Cholera in India, 1862 to 1881
Year: 1862
Disease focus: Cholera
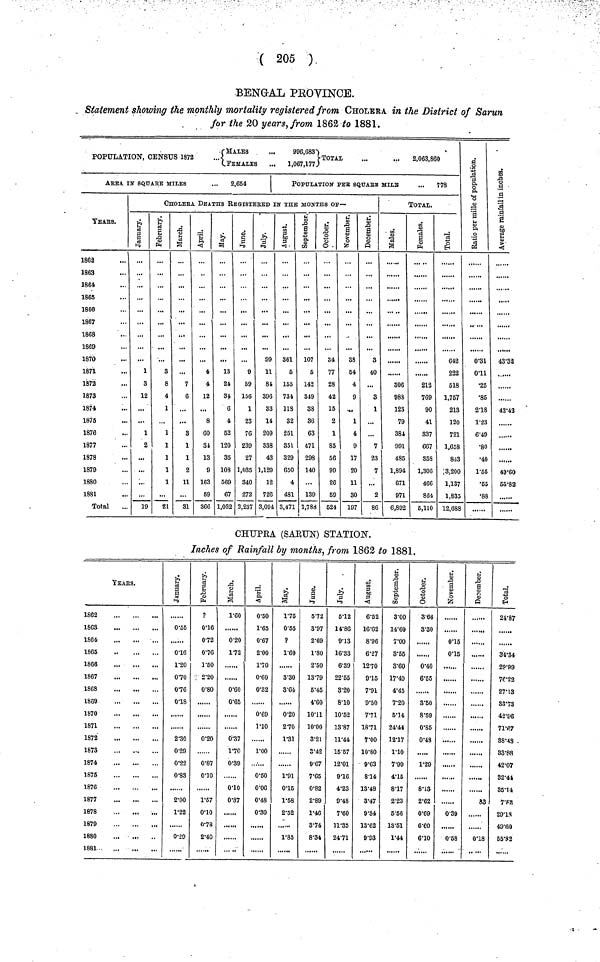
( 205 )
BENGAL PROVINCE.
Statement showing the monthly mortality registered from CHOLERA in the District of Sarun
for the 20 years, from 1862 to 1881.
( MALES
...
996,683
POPULATION, CENSUS 1872
TOTAL
...
...
2,063,860
.FEMALES
...
1,067,177
AREA IN SQUARE MILES
...
2,654
YEARS,
1862
1863
1864
1865
1866
1867
1863
1869
1870
1871
1872
1873
1874
1875
1876
1877
1878
1879
1880
1881
Total
POPULATION PER SQUARE MILE
... 778
CHOLERA DEATHS REGISTERED In THE MONTHS or—
January.
1
3
12
...
1
2
...
...
...
19
February.
3
8
4
1
1
1
1
1
1
21
March.
7
6
...
3
1
1
2
11
31
April.
4
4
12
...
8
60
34
13
9
163
59
366
May.
13
24
34
6
4
52
120
35
103
669
67
1,032
June.
9
59
156
1
23
76
239
27
1,035
340
272
3,237
July.
99
11
84
396
33
14
209
338
43
1,129
15
720
3,09
August.
361
5
155
734
113
32
251
351
329
650
4
481
1 3,471
September.
107
5
142
349
38
36
63
471
298
140
...
139
1,783
Octomber.
34
77
28
42
15
2
1
85
56
99
26
59
524
November.
38
64
4
9
1
4
9
17
20
11
30
197
December.
3
40
...
3
1
...
7
23
7
...
2
86
TOTAL.
Males.
306
98S
123
79
384
991
485
1,894
671
971
6,892
Females.
213
769
90
41
837
667
358
1,306
466
864
5,110
Total.
642
222
518
1,757
213
120
721
1,658
843
3,200
1,137
1,835
12,688
Rate per
miles of
population.
0·31
0·11
.25
.85
2·18
1·23
6·49
.80
.40
1·55
.55
.88
Average rainfall in inches.
43·32
......
42·42
......
49·60
55·82
CHUPRA (SARUN) STATION.
Inches of Rainfall by months, from 1862 to 1881.
YEARS.
1862
1863
1864
1865
1868
1867
1868
1889
1870
1871
1872
1873
1874
1875
1876
1877
1878
1879
1880
,
1881
January.
0·55
0·16
1·20
0·70
0·76
0·18
2·30
0·29
0·22
0·83
2·00
1·22
0·29
February.
?
0·16
072
0·76
1·50
2·20
0·80
0·20
0·87
0·10
1·57
0·10
0·78
2·40
March.
1·60
0·20
1·72
0·60
0·65
0·37
1·70
0·39
0·10
0·37
......
April.
0·50
1·65
0·67
2·00
1·70
0·60
0·32
0·69
1·10
1·00
0·50
0·06
0·48
0·30
May.
1·75
0·55
P
1·60
......
3·30
3·64
0·20
2·70
1·31
1·91
015
1·58
2·52
1·85
June.
5·72
3·97
2·69
1·80
2·50
13·79
5·45
4·60
10·11
10·00
3·21
8·42
9·67
7·65
0·82
2·89
1·46
3·74
8·34
July.
5·12
14·86
9·13
16·33
6·39
22·55
3·20
8·10
10·52
13·87
11·44
15·57
12·01
9·16
4·23
9·48
7·60
11·35
24·71
August.
6·52
16·62
8·96
6·27
12·70
9·15
7·91
9·50
7·71
18·71
7·00
10·80
9·63
814
13·48
3·47
9·34
13·62
9·93
September.
3·00
14·60
7·00
3·55
3·60
17·40
4·45
7·20
5·14
24·44
12·17
1·10
7·99
4·15
8·17
2·23
5·56
13·51
1·44
Octomber.
3·66
3·30
0·40
6·55
3·50
8·59
0·85
0·48
1·29
8·13
2·62
0·69
6·60
6·10
November.
0·15
0·15
0·39
0·58
December.
33
0·18
Total.
24·87
34·34
29·99
76·22
27·13
33·73
42·96
71·67
88·48
33·88
42·07
32·44
35·14
7·52
29·18
49·60
55·82